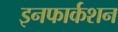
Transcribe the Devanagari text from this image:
इनफार्कशन